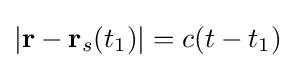
|\mathbf {r} -\mathbf {r} _{s}(t_{1})|=c(t-t_{1})